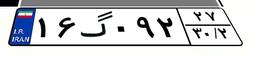
۱۶گ۰۹۲۲۷